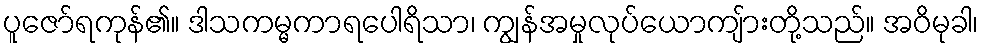
ပူဇော်ရကုန်၏။ ဒါသကမ္မကာရပေါရိသာ၊ ကျွန်အမှုလုပ်ယောကျ်ားတို့သည်။ အဝိမုခါ၊